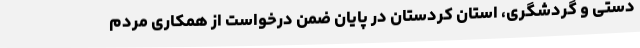
دستی و گردشگری، استان کردستان در پایان ضمن درخواست از همکاری مردم